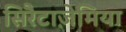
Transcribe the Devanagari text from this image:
सिरैटाज़ेमिया